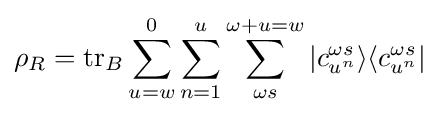
\rho _{R}=\operatorname {tr} _{B}\sum _{u=w}^{0}\sum _{n=1}^{u}\sum _{\omega {}s}^{\omega +u=w}|c_{u^{n}}^{\omega {}s}\rangle \langle c_{u^{n}}^{\omega {}s}|